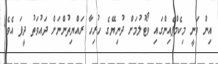
އިން ވަނީ މިކެމްޕެއިންގައި ވޯޓުލުމަށް ދުނިޔޭގެ ހުރިހާ ރައްޔިތުންނަށް ދައުވަތު ދީފަ އެވެ.